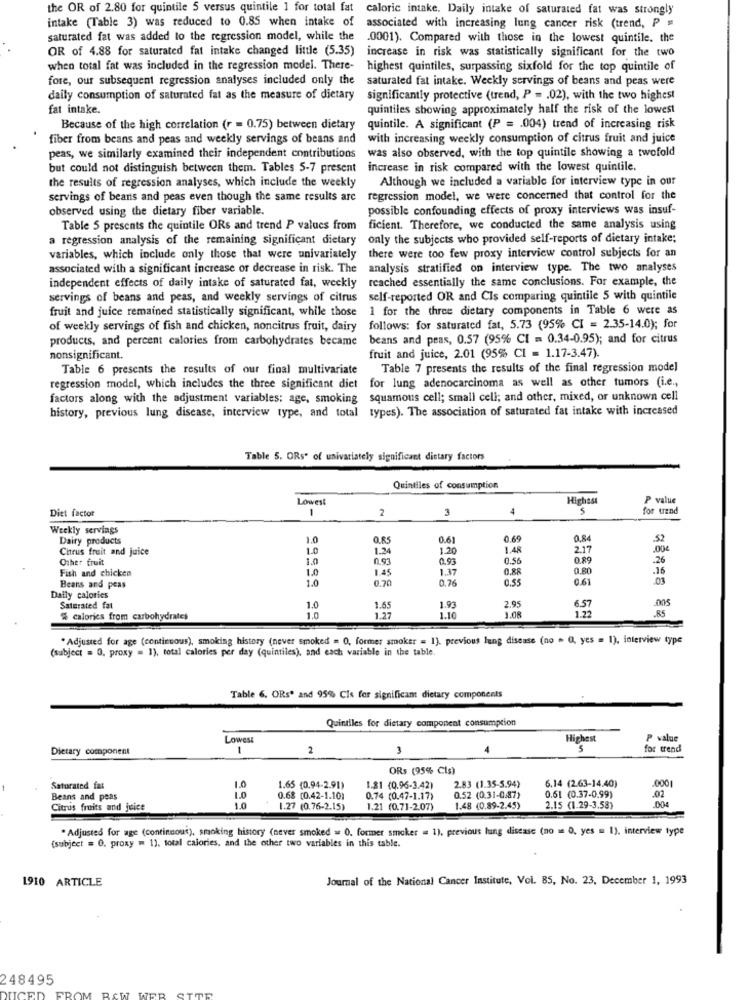
the OR of 2.80 for quintile 5 versus quintile 1 for total fat
calorie intake, Daily intake of saturated fat was strongly
intake (Table 3) was reduced to 0.85 when intake of
associated with increasing lung cancer risk (trend, P =
saturated fat was added to the regression model, while the
.0001). Compared with those in the lowest quintile. the
OR of 4.88 for saturated fat intake changed little (5.35)
increase in risk was statistically significant for the two
when total fat was included in the regression model. There-
highest quintiles, surpassing sixfold for the top quintile of
fore, our subsequent regression analyses included only the
saturated fat intake. Weekly servings of beans and peas were
daily consumption of saturated fat as the measure of dietary
significantly protective (trend, P = . 02), with the two highest
fat intake.
quintiles showing approximately half the risk of the lowest
Because of the high correlation (r = 0.75) between dietary
quintile. A significant (P = . 004) trend of increasing risk
fiber from beans and peas and weekly servings of beans and
with increasing weekly consumption of citrus fruit and juice
was also observed, with the top quintile showing a twofold
peas, we similarly examined their independent contributions
but could not distinguish between them. Tables 5-7 present
increase in risk compared with the lowest quintile.
the results of regression analyses, which include the weekly
Although we included a variable for interview type in our
servings of beans and peas even though the same results are
regression model, we were concerned that control for the
observed using the dietary fiber variable.
possible confounding effects of proxy interviews was insuf-
Table 5 presents the quintile ORs and trend P values from
ficient. Therefore, we conducted the same analysis using
a regression analysis of the remaining significant dietary
only the subjects who provided self-reports of dietary intake;
variables, which include only those that were univariately
there were too few proxy interview control subjects for an
associated with a significant increase or decrease in risk. The analysis stratified on interview type. The two analyses
reached essentially the same conclusions. For example, the
independent effects of daily intake of saturated fat, weekly
servings of beans and peas, and weekly servings of citrus self-reported OR and CIs comparing quintile 5 with quintile
fruit and juice remained statistically significant, while those 1 for the three dietary components in Table 6 were as
of weekly servings of fish and chicken, noncitrus fruit, dairy follows: for saturated fat, 5.73 (95% CI = 2.35-14.0); for
products, and percent calories from carbohydrates became
beans and peas, 0.57 (95% CI = 0.34-0.95); and for citrus
nonsignificant.
fruit and juice, 2.01 (95% CI = 1.17-3.47).
Table 6 presents the results of our final multivariate
Table 7 presents the results of the final regression model
regression model, which includes the three significant diet
for lung adenocarcinoma as well as other tumors (i.e .,
factors along with the adjustment variables: age, smoking squamous cell; small cell; and other, mixed, or unknown cell
history, previous lung disease, interview type, and total types). The association of saturated fat intake with increased
Table 5. ORs" of univariately significant dietary factors
Quintiles of consumption
Lowest
Highest
P value
Diet factor
1
2
3
1
5
for trend
Weekly servings
Dairy products
1.0
0.85
0.61
0.69
0.84
-52
Citrus fruit and juice
1.0
1.24
1.20
1.48
2.17
Other fruit
1.0
0.93
0.93
0.56
0.89
.26
Fish and chicken
1.0
1.4
1.37
0.88
0.80
.16
1.0
0.70
0.76
0.55
0.61
Beans and peas
Daily calories
6.57
Saturated fat
1.0
1.65
1.93
2.95
% calories from carbohydrates
1.0
1.27
1.10
3.08
1.22
. Adjusted for age (continuous), smoking history (never smoked = 0, former smoker = 1). previous lung disease (no . O, yes = 1), interview type
(subject = 0. proxy = 1), total calories per day (quintiles), and each variable in the table.
Table 6. ORs' and 95% CIs for significant dietary components
Quintiles for dietary component consumption
Lowest
Highest
P value
Dietary component
-
2
3
5
for trend
ORS (95% CIs)
6.14 (2.63-14.40)
.0001
Saturated fat
1.0
1.65 (0.94-2.91)
1.81 (0.96-3.42)
2.83 (1.35-5.94)
0.61 (0.37-0.99)
.02
Beans and peas
1.0
0.68 (0.42-1.10)
0.74 (0.47-1.17)
0.52 (0.31-0.87)
004
Citrus fruits and juice
1.0
1.27 (0.76-2.15)
1.21 (0.71-207)
1.48 (0.89-2.45)
2.15 (1.29-3.58)
* Adjusted for age (continuous), smoking history (never smoked = 0, former smoker = 1), previous lung disease (no = 0, yes = 1), interview type
(subject = 0. proxy m 1). total calories, and the other two variables in this table.
1910 ARTICLE
Journal of the National Cancer Institute, Vol. 85, No. 23. December 1, 1993
248495
CW WER
SITE